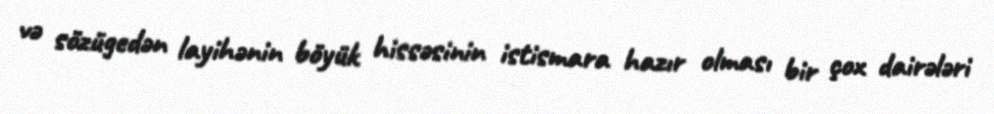
və sözügedən layihənin böyük hissəsinin istismara hazır olması bir çox dairələri